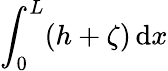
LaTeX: {\int_{0}^{L}(h+\zeta)\, \mathrm{d}x}